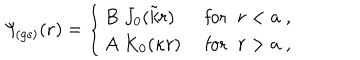
LaTeX: \Psi _ { \! \mathrm { ( g s ) } } ( { \bf r } ) = \left\{ \begin{array} { l r } { { B \; J _ { 0 } ( \tilde { k } r ) \; } } & { { \textrm { f o r } \; \; r < a \; , } } \\ { { A \; K _ { 0 } ( \kappa r ) \; } } & { { \textrm { f o r } \; \; r > a \; , } } \\ \end{array} \right. \;